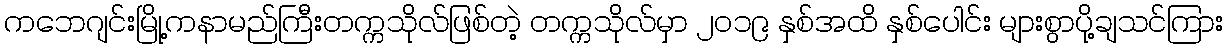
ကဘေဂျင်းမြို့ကနာမည်ကြီးတက္ကသိုလ်ဖြစ်တဲ့ တက္ကသိုလ်မှာ ၂၀၁၉ နှစ်အထိ နှစ်ပေါင်း များစွာပို့ချသင်ကြား